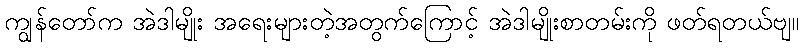
ကျွန်တော်က အဲဒါမျိုး အရေးများတဲ့အတွက်ကြောင့် အဲဒါမျိုးစာတမ်းကို ဖတ်ရတယ်ဗျ။